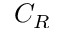
C _ { R }